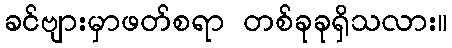
ခင်ဗျားမှာဖတ်စရာ တစ်ခုခုရှိသလား။